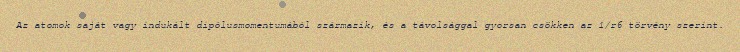
Az atomok saját vagy indukált dipólusmomentumából származik, és a távolsággal gyorsan csökken az 1/r6 törvény szerint.